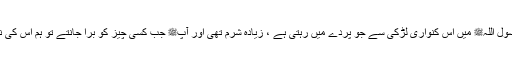
1568: سیدنا ابو سعید خدریؓ کہتے ہیں کہ رسول اللہﷺ میں اس کنواری لڑکی سے جو پردے میں رہتی ہے ، زیادہ شرم تھی اور آپﷺ جب کسی چیز کو بُرا جانتے تو ہم اس کی نشانی آپﷺ کے چہرے سے پہچان لیتے تھے۔